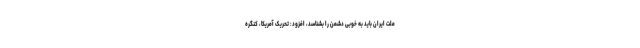
ملت ایران باید به‌ خوبی دشمن را بشناسد، افزود: تحریک آمریکا، کنگره